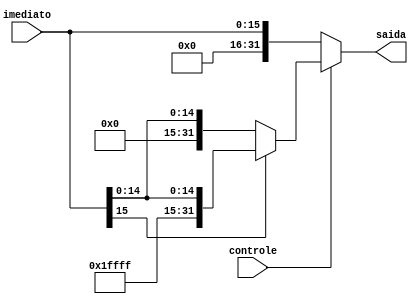

module SignExtend(
	input [15:0] imediato,
	input controle,
	output reg [31:0] saida
);

	always @(*) begin
			if(controle==1)begin

			if(imediato[15]==1'b0)begin
				saida[31:0] <= {{16'b0},imediato[15:0]};
			end
			else begin
				saida[31:0] <= {{16'b1111111111111111},imediato[15:0]};
			end

		end

		else begin
			saida[31:0] <= {{16{1'b0}},imediato[15:0]};
		end
	end
endmodule